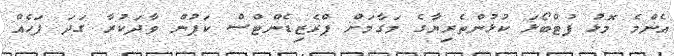
އެންމެ މޮޅު ފުޓްބޯޅަ ކުޅުންތެރިޔާގެ މަގާމަށް ޕްރެޒިޑެންޓްސް ކަޕުން ވާދަކުރާ ގަދަ ފަހެއް